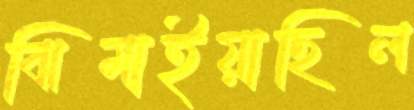
ঝিমাইয়াছিল